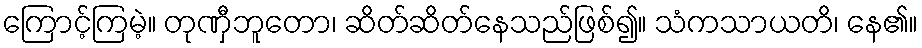
ကြောင့်ကြမဲ့။ တုဏှီဘူတော၊ ဆိတ်ဆိတ်နေသည်ဖြစ်၍။ သံကသာယတိ၊ နေ၏။